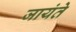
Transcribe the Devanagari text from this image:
जायंते